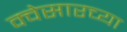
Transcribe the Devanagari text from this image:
क्वेसारच्या